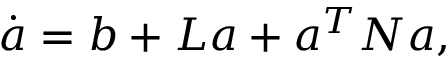
\dot { \boldsymbol { a } } = \boldsymbol { b } + \boldsymbol { L } \boldsymbol { a } + \boldsymbol { a } ^ { T } \boldsymbol { N } \boldsymbol { a } ,